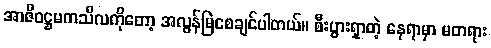
အာဇီဝဋ္ဌမကသီလကိုတော့ အလွန်မြဲစေချင်ပါတယ်။ စီးပွားရှာတဲ့ နေရာမှာ မတရား